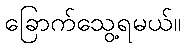
ခြောက်သွေ့ရမယ်။